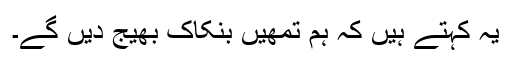
یہ کہتے ہیں کہ ہم تمھیں بنکاک بھیج دیں گے۔